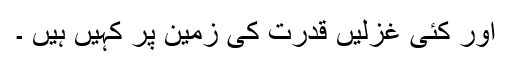
اور کئی غزلیں قدرت کی زمین پر کہیں ہیں ۔